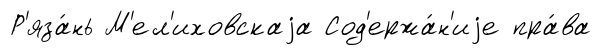
Р'яза́нь М'ел'иховскаjа Сод'ержа́н'иjе пра́ва